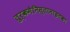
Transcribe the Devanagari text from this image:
तुर्कमेनिस्तानाइतका